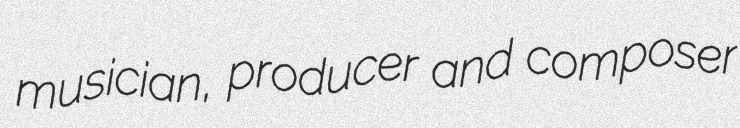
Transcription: musician, producer and composer